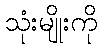
သုံးမျိုးကို